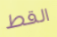
القط